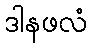
ဒါနဖလံ